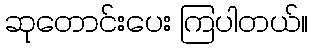
ဆုတောင်းပေး ကြပါတယ်။